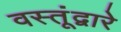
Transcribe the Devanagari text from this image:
वस्तूंद्वारे